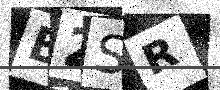
Text: B2SR